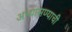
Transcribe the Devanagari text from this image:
अभ्यासण्याची